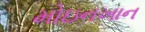
મોઇનખાન